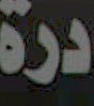
درة